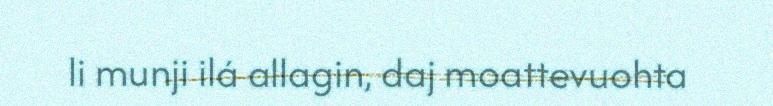
li munji ilá allagin, daj moattevuohta